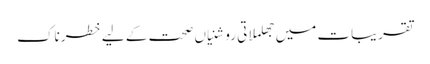
تقریبات میں جھلملاتی روشنیاں صحت کے لیے خطرناک